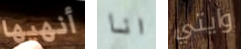
أنهيها انا وايتي